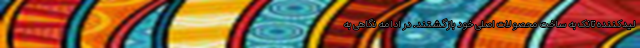
لیدکننده تانک به ساخت محصولات اصلی خود بازگشتند. در ادامه نگاهی به